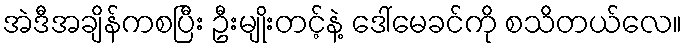
အဲဒီအချိန်ကစပြီး ဦးမျိုးတင့်နဲ့ ဒေါ်မေခင်ကို စသိတယ်လေ။